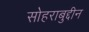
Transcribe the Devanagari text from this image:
सोहराबुद्दीन